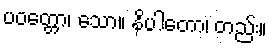
ပဝတ္တော၊ သော။ နိပါတော၊ တည်း။